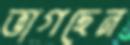
ভাগছেন